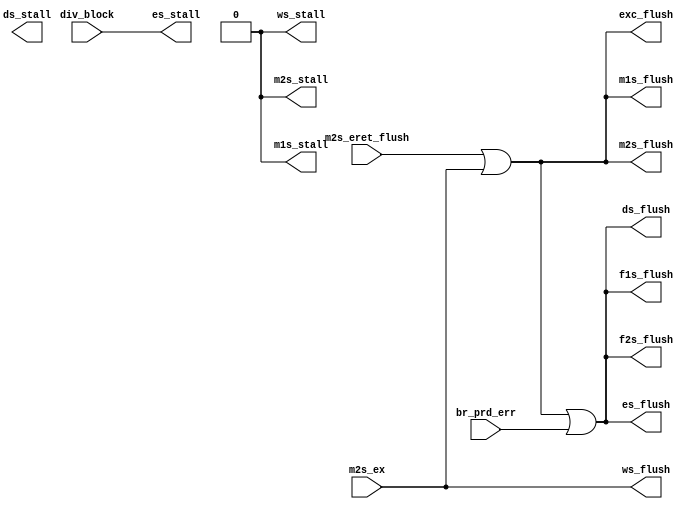
`timescale 1ns / 1ps
//////////////////////////////////////////////////////////////////////////////////
// Company: 
// Engineer: 
// 
// Design Name: 
// Module Name: hazard
// Project Name: 
// Target Devices: 
// Tool Versions: 
// Description: 
// 
// Dependencies: 
// 
// Revision:
// Revision 0.01 - File Created
// Additional Comments:
// 
//////////////////////////////////////////////////////////////////////////////////


module hazard(
    //from ds
    // input [4:0] ds_rs1,
    // input [4:0] ds_rs2,
    // input       br,
    //from es 
    // input [4:0] es_rd,
    // input       es_mem_read,
    // input       es_reg_write,
    // input       es_res_from_cp0,
    input       div_block,
    // input [4:0] es_rs,
    // input [4:0] es_rt,
    input       br_prd_err,
    //from m1s
    // input       m1s_reg_write,
    // input       m1s_mem_read,
    // input [4:0] m1s_rd,
    // input       m1s_res_from_cp0,
    //from m2s
    // input       m2s_reg_write,
    // input       m2s_mem_read,
    // input [4:0] m2s_rd,
    // input       m2s_res_from_mem_ok,
    // input       m2s_res_from_cp0,
    input       m2s_eret_flush,
    input       m2s_ex,

    //to f1s
    // output      f1s_stall,
    output      f1s_flush,
    //to f2s
    // output      f2s_stall,
    output      f2s_flush,
    //to ds
    output      ds_stall,
    output      ds_flush,
    //to es
    output      es_flush,
    output      es_stall,
    output      exc_flush,
    //to m1s
    output      m1s_flush,
    output      m1s_stall,
    //to m2s
    output      m2s_flush,
    output      m2s_stall,
    //to ws
    output      ws_flush,
    output      ws_stall

    //valid
    // input       ds_valid,
    // input       es_valid,
    // input       m1s_valid,
    // input       m2s_valid,
    // input       ws_valid

);
   
    // wire [4:0]  ds_rs1_v;
    // wire [4:0]  ds_rs2_v;
    // wire        br_v;

    // wire [4:0] es_rs_v;
    // wire [4:0] es_rt_v;
    // wire [4:0] es_rd_v;
    // wire es_mem_read_v;

    // wire        m1s_mem_read_v;
    // wire [4:0]  m1s_rd_v;
    // wire        m2s_mem_read_v;
    // wire [4:0]  m2s_rd_v;


    // assign es_rs_v          = {5{es_valid}} & es_rs;
    // assign es_rt_v          = {5{es_valid}} & es_rt;
    // assign es_rd_v          = {5{es_valid  && es_reg_write }} & es_rd;
    // assign es_mem_read_v    = es_valid & es_mem_read; 

    // assign ds_rs1_v         = {5{ds_valid}} & ds_rs1;
    // assign ds_rs2_v         = {5{ds_valid}} & ds_rs2;
    // assign br_v             = ds_valid & br;
    

    // assign m1s_rd_v         = {5{m1s_valid && m1s_reg_write}} & m1s_rd;
    // assign m2s_rd_v         = {5{m2s_valid && m2s_reg_write}} & m2s_rd;
    // assign m2s_mem_read_v   = m2s_valid & m2s_mem_read;
    // assign m1s_mem_read_v   = m1s_valid & m1s_mem_read;
//===========================================================
// wire es_rd_after_wr;
// wire m1s_rd_after_wr;
// wire m2s_rd_after_wr;

// assign es_rd_after_wr  = (es_res_from_cp0  | es_mem_read_v  | br_v)    && (es_rd_v == ds_rs1_v || es_rd_v == ds_rs2_v) && es_rd_v != 0;
// assign m1s_rd_after_wr = (m1s_res_from_cp0 | m1s_mem_read_v)    && (m1s_rd_v == ds_rs1_v || m1s_rd_v == ds_rs2_v) && m1s_rd_v != 0;
// assign m2s_rd_after_wr = (m2s_res_from_cp0 || m2s_mem_read_v && (br_v || !m2s_res_from_mem_ok)) && (m2s_rd_v == ds_rs1_v || m2s_rd_v == ds_rs2_v) && m2s_rd_v != 0;

//===================================================================
    // assign f1s_stall = ds_stall;
    // assign f2s_stall = ds_stall;
    // assign ds_stall = !m2s_eret_flush && !m2s_ex && (es_rd_after_wr || m1s_rd_after_wr || m2s_rd_after_wr || div_block);
    assign es_stall = div_block;
    assign m1s_stall = 0;
    assign m2s_stall = 0;
    assign ws_stall = 0;


    assign f1s_flush = m2s_eret_flush || m2s_ex || br_prd_err;
    assign f2s_flush = m2s_eret_flush || m2s_ex || br_prd_err;
    assign ds_flush = m2s_eret_flush || m2s_ex || br_prd_err;
    assign es_flush = m2s_eret_flush || m2s_ex || br_prd_err;//|| es_rd_after_wr || m1s_rd_after_wr || m2s_rd_after_wr;
    assign m1s_flush = m2s_eret_flush || m2s_ex;
    assign m2s_flush = m2s_eret_flush || m2s_ex;
    assign exc_flush = m2s_eret_flush || m2s_ex;
    assign ws_flush = m2s_ex;
    assign fs_flush = 0;

    

endmodule